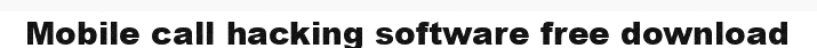
Mobile call hacking software free download